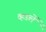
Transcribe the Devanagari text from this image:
व्हडलें